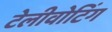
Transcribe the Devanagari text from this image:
टेलीवोटिंग